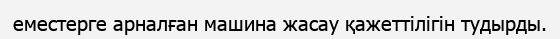
еместерге арналған машина жасау қажеттілігін тудырды.